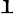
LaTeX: \mathfrak{1}